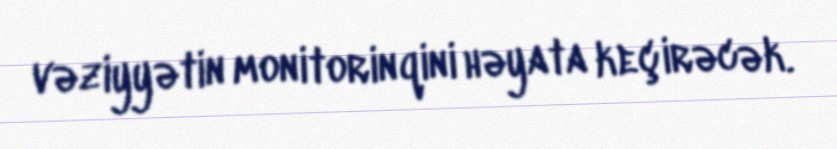
vəziyyətin monitorinqini həyata keçirəcək.